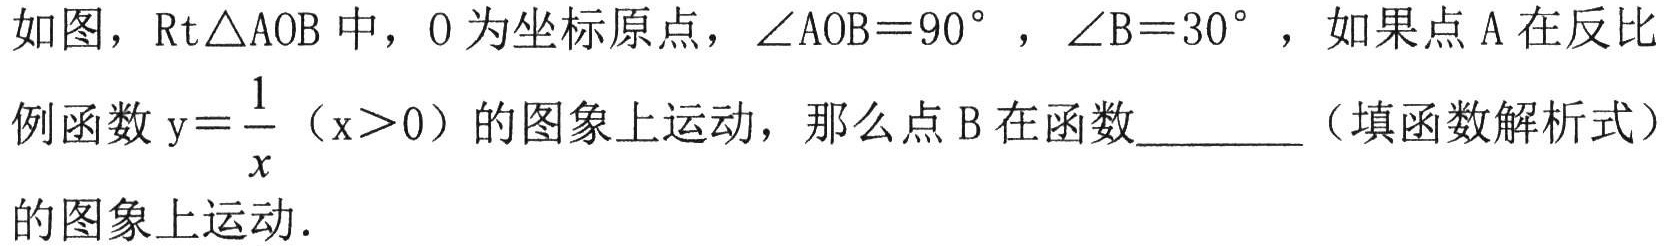
如图，\(\text{Rt}\triangle\text{AOB}\)中，\(O\)为坐标原点，\(\angle\text{AOB}=90^{\circ}\)，\(\angle\text{B}=30^{\circ}\)，如果点\(A\)在反比例函数\(y = \frac{1}{x}\)（\(x>0\)）的图象上运动，那么点\(B\)在函数________（填函数解析式）的图象上运动．